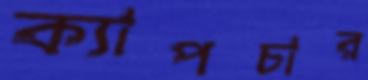
ক্যাপচার